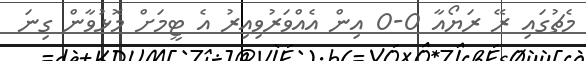
މެޗުގައި ރޭ ރަޔޯއާ 0-0 އިން އެއްވަރުވިއިރު އެ ޓީމަށް މޮޅުވާން ގިނަ